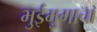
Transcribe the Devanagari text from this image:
भुईमुगाचा